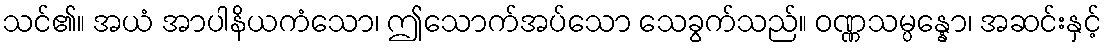
သင်၏။ အယံ အာပါနိယကံသော၊ ဤသောက်အပ်သော သေခွက်သည်။ ဝဏ္ဏသမ္ပန္နော၊ အဆင်းနှင့်